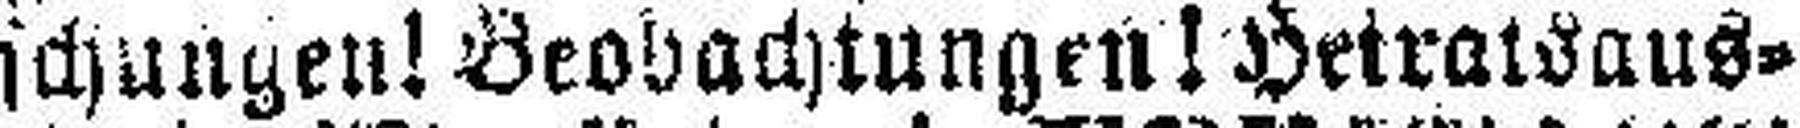
schungen! Beobachtungen! Heiratsaus¬